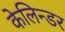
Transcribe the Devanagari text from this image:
केलिन्डर